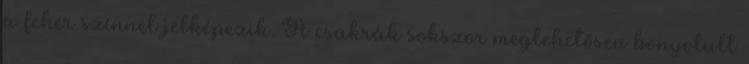
a fehér színnel jelképezik. A csakrák sokszor meglehetősen bonyolult